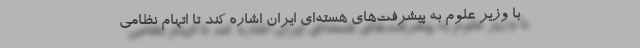
با وزیر علوم به پیشرفت‌های هسته‌ای ایران اشاره کند تا اتهام نظامی